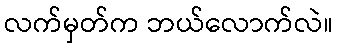
လက်မှတ်က ဘယ်လောက်လဲ။